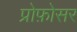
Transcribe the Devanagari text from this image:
प्रोफ़ोसर